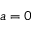
a = 0